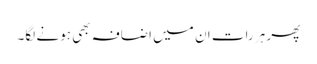
پھر ہر رات ان میں اضافہ بھی ہونے لگا۔